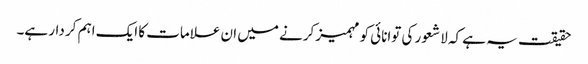
حقیقت یہ ہے کہ لا شعور کی توانائی کو مہمیز کرنے میں ان علامات کا ایک اہم کر دار ہے۔